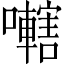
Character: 𫬭